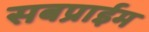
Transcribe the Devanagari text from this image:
सबप्राईम